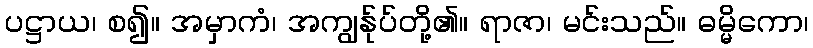
ပဋ္ဌာယ၊ စ၍။ အမှာကံ၊ အကျွန်ုပ်တို့၏။ ရာဇာ၊ မင်းသည်။ ဓမ္မိကော၊